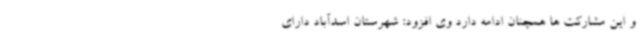
و این مشارکت ها همچنان ادامه دارد وی افزود: شهرستان اسدآباد دارای